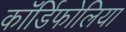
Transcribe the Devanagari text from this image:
कॉर्डिफोलिया